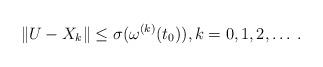
LaTeX: \begin{align*}\|U-X_k\|\leq \sigma(\omega^{(k)}(t_0)),k=0,1,2,\dots\,.\end{align*}